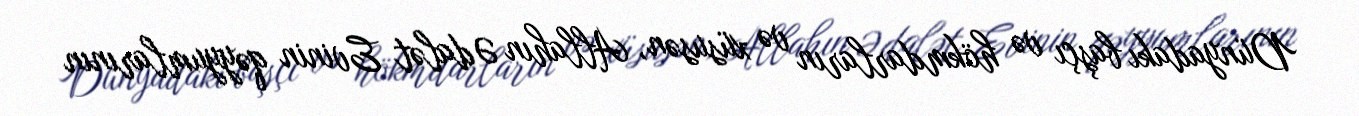
Dünyadakı başçı və hökmdarların və xüsusən, Allahın Ədalət Evinin qəyyumlarının